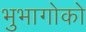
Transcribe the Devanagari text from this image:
भुभागोको